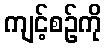
ကျင့်စဉ်ကို